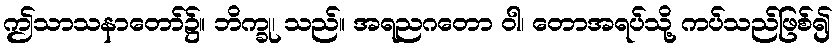
ဤသာသနာတော်၌။ ဘိက္ခု၊ သည်။ အရညဂတော ဝါ၊ တောအရပ်သို့ ကပ်သည်ဖြစ်၍